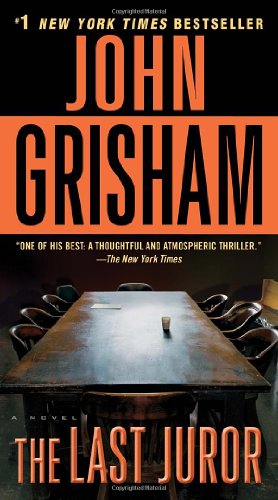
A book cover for The Last Juror: A Novel; John Grisham; Mystery, Thriller & Suspense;